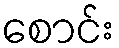
စောင်း